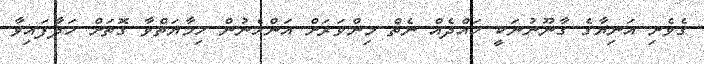
ގެވެށި އަނިޔާގެ ގާނޫނުނަކީ ހައްދެއް ނެތް މިންވަރަށް އަންހެނުން ހިމާޔަތްވާ ގޮތަށް ހަދާފައިވާ